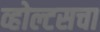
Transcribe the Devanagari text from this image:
व्होल्टसचा